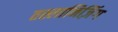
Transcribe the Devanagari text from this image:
तस्लानिज़िंग